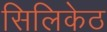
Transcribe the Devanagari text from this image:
सिलिकेठ